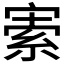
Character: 𡩡